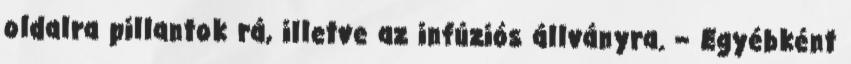
oldalra pillantok rá, illetve az infúziós állványra. – Egyébként